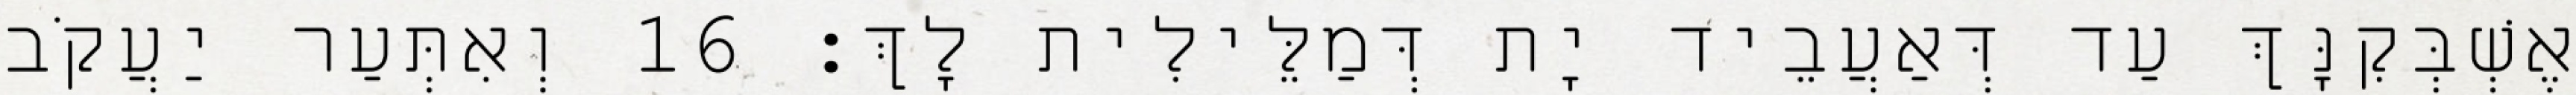
אֶשְׁבְּקִנָּךְ עַד דְּאַעֲבֵיד יָת דְּמַלֵּילִית לָךְ׃ 16 וְאִתְּעַר יַעֲקֹב